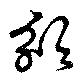
頒